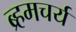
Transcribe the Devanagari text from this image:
ब्र्हमचर्य